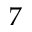
7